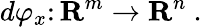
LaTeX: d\varphi_{x}\colon\mathbf{R}^{m}\to\mathbf{R}^{n}\ .